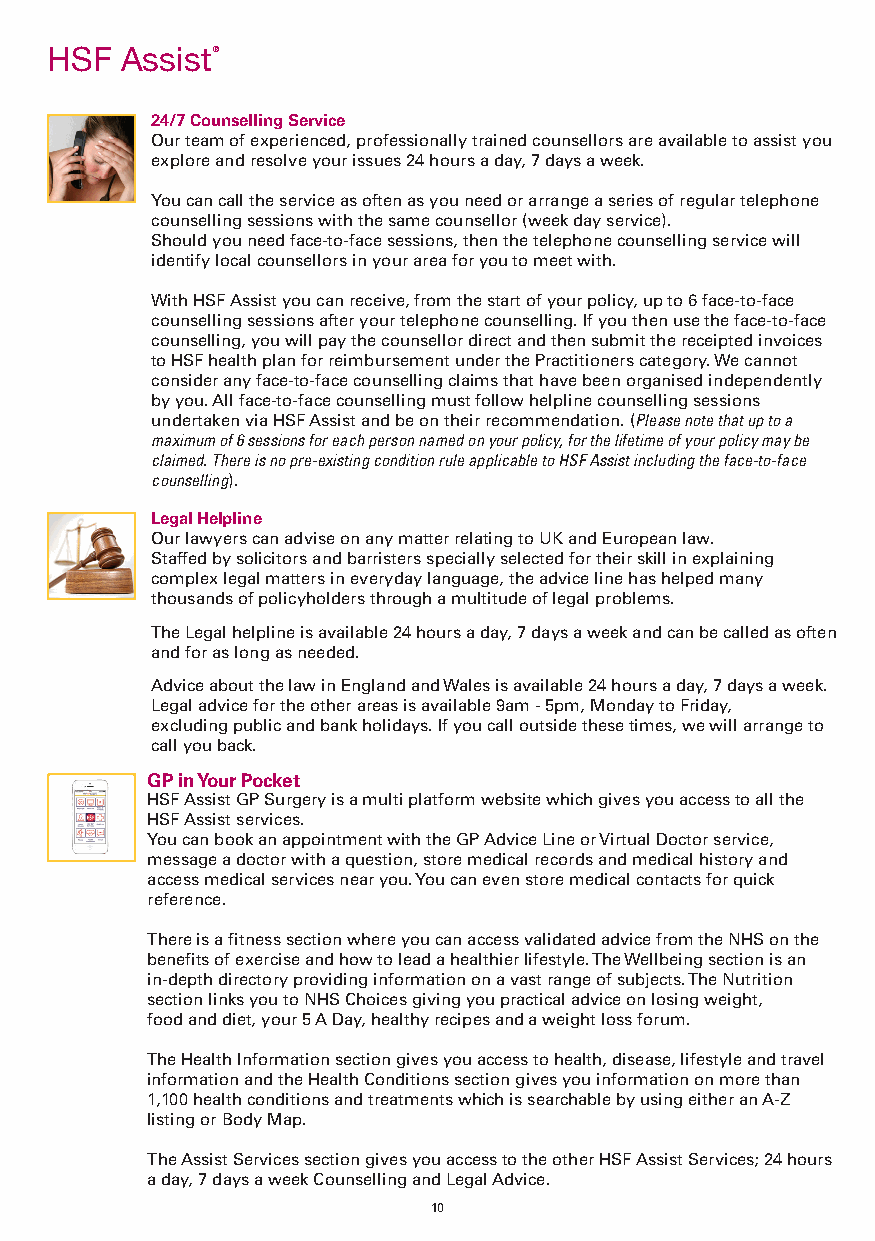
MD009 HSF UK Direct Full Brochure App Aug 2019.qxp_A5 brochure 09/08/2019 16:37 Page 10
 HSF  Assist ®                                           H
 24/7 Counselling Service
 Our team of experienced, professionally trained counsellors are available to assist you
 explore and resolve your issues 24 hours a day, 7 days a week.
 You can call the service as often as you need or arrange a series of regular telephone
 counselling sessions with the same counsellor (week day service).
 Should you need face-to-face sessions, then the telephone counselling service will
 identify local counsellors in your area for you to meet with.
 With HSF Assist you can receive, from the start of your policy, up to 6 face-to-face
 counselling sessions after your telephone counselling. If you then use the face-to-face
 counselling, you will pay the counsellor direct and then submit the receipted invoices
 to HSF health plan for reimbursement under the Practitioners category. We cannot
 consider any face-to-face counselling claims that have been organised independently
 by you. All face-to-face counselling must follow helpline counselling sessions
 undertaken via HSF Assist and be on their recommendation. (Please note that up to a
 maximum of 6 sessions for each person named on your policy, for the lifetime of your policy may be
 claimed. There is no pre-existing condition rule applicable to HSF Assist including the face-to-face
 counselling).
 Legal Helpline
 Our lawyers can advise on any matter relating to UK and European law.
 Staffed by solicitors and barristers specially selected for their skill in explaining
 complex legal matters in everyday language, the advice line has helped many
 thousands of policyholders through a multitude of legal problems.
 The Legal helpline is available 24 hours a day, 7 days a week and can be called as often
 and for as long as needed.
 Advice about the law in England and Wales is available 24 hours a day, 7 days a week.
 Legal advice for the other areas is available 9am - 5pm, Monday to Friday,
 excluding public and bank holidays. If you call outside these times, we will arrange to
 call you back.
 GP in Your Pocket
 HSF Assist GP Surgery is a multi platform website which gives you access to all the
 HSF Assist services.
 You can book an appointment with the GP Advice Line or Virtual Doctor service,
 message a doctor with a question, store medical records and medical history and
 access medical services near you. You can even store medical contacts for quick
 reference.
 There is a fitness section where you can access validated advice from the NHS on the
 benefits of exercise and how to lead a healthier lifestyle. The Wellbeing section is an
 in-depth directory providing information on a vast range of subjects. The Nutrition
 section links you to NHS Choices giving you practical advice on losing weight,
 food and diet, your 5 A Day, healthy recipes and a weight loss forum.
 The Health Information section gives you access to health, disease, lifestyle and travel
 information and the Health Conditions section gives you information on more than
 1,100 health conditions and treatments which is searchable by using either an A-Z
 listing or Body Map.
 The Assist Services section gives you access to the other HSF Assist Services; 24 hours
 a day, 7 days a week Counselling and Legal Advice.
 10